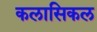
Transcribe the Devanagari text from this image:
कलासिकल